Lunatic asylums in Bengal annual reports 1899-1911 - 1899-1911
Year: 1899
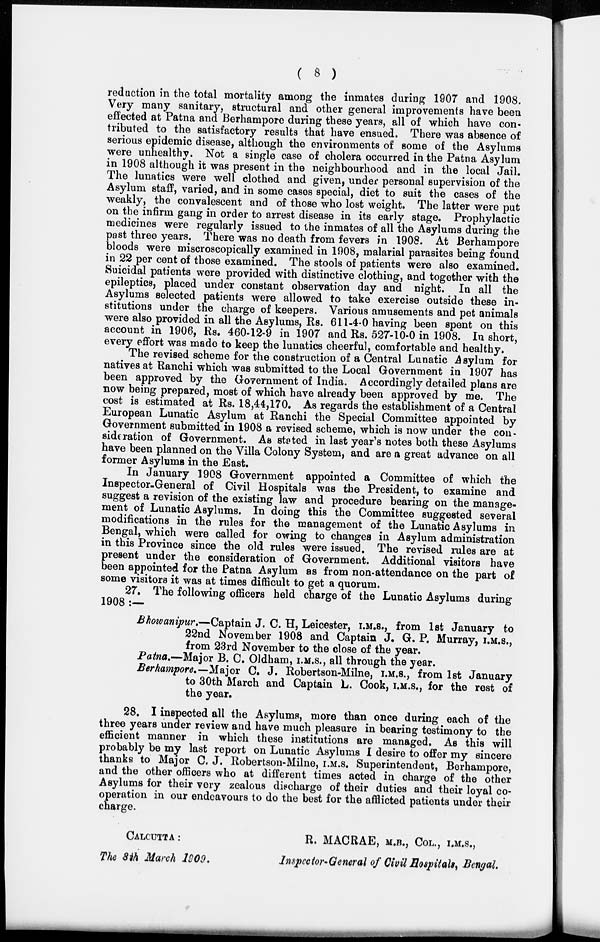
( 8 )
reduction in the total mortality among the inmates during 1907 and 1908.
Very many sanitary, structural and other general improvements have been
effected at Patna and Berhampore during these years, all of which have con-
tributed to the satisfactory results that have ensued. There was absence of
serious epidemic disease, although the environments of some of the Asylums
were unhealthy. Not a single case of cholera occurred in the Patna Asylum
in 1908 although it was present in the neighbourhood and in the local Jail.
The lunatics were well clothed and given, under personal supervision of the
Asylum staff, varied, and in some cases special, diet to suit the cases of the
weakly, the convalescent and of those who lost weight. The latter were put
on the infirm gang in order to arrest disease in its early stage. Prophylactic
medicines were regularly issued to the inmates of all the Asylums during the
past three years. There was no death from fevers in 1908. At Berhampore
bloods were miscroscopically examined in 1908, malarial parasites being found
in 22 per cent of those examined. The stools of patients were also examined.
Suicidal patients were provided with distinctive clothing, and together with the
epileptics, placed under constant observation day and night. In all the
Asylums selected patients were allowed to take exercise outside these in-
stitutions under the charge of keepers. Various amusements and pet animals
were also provided in all the Asylums, Rs. 611-4-0 having been spent on this
account in 1906, Rs. 460-12-9 in 1907 and Rs. 527-10-0 in 1908. In short,
every effort was made to keep the lunatics cheerful, comfortable and healthy.
The revised scheme for the construction of a Central Lunatic Asylum for
natives at Ranchi which was submitted to the Local Government in 1907 has
been approved by the Government of India. Accordingly detailed plans are
now being prepared, most of which have already been approved by me. The
cost is estimated at Rs. 18,44,170. As regards the establishment of a Central
European Lunatic Asylum at Ranchi the Special Committee appointed by
Government submitted in 1908 a revised scheme, which is now under the con-
sideration of Government. As stated in last year's notes both these Asylums
have been planned on the Villa Colony System, and are a great advance on all
former Asylums in the East.
In January 1908 Government appointed a Committee of which the
Inspector-General of Civil Hospitals was the President, to examine and
suggest a revision of the existing law and procedure bearing on the manage-
ment of Lunatic Asylums. In doing this the Committee suggested several
modifications in the rules for the management of the Lunatic Asylums in
Bengal, which were called for owing to changes in Asylum administration
in this Province since the old rules were issued. The revised rules are at
present under the consideration of Government. Additional visitors have
been appointed for the Patna Asylum as from non-attendance on the part of
some visitors it was at times difficult to get a quorum.
27. The following officers held charge of the Lunatic Asylums during
1908 :—
Bhowanipur.—Captain J. C. H, Leicester, I.M.S., from 1st January to
22nd November 1908 and Captain J. G. P. Murray, I.M.S.,
from 23rd November to the close of the year.
Patna.—Major B. C. Oldham, I.M.S., all through the year.
Berhampore.— Major C. J. Robertson-Milne, I.M.S., from 1st January
to 30th March and Captain L. Cook, I.M.S., for the rest of
the year.
28. I inspected all the Asylums, more than once during each of the
three years under review and have much pleasure in bearing testimony to the
efficient manner in which these institutions are managed. As this will
probably be my last report on Lunatic Asylums I desire to offer my sincere
thanks to Major C. J. Robertson-Milne, I.M.S. Superintendent, Berhampore,
and the other officers who at different times acted in charge of the other
Asylums for their very zealous discharge of their duties and their loyal co-
operation in our endeavours to do the best for the afflicted patients under their
charge.
CULCUTTA :
The 8th March 1909.
R. MACRAE, M.B., COL., I.M.S.,
Inspcctor-General of Civil Hospitals, Bengal.